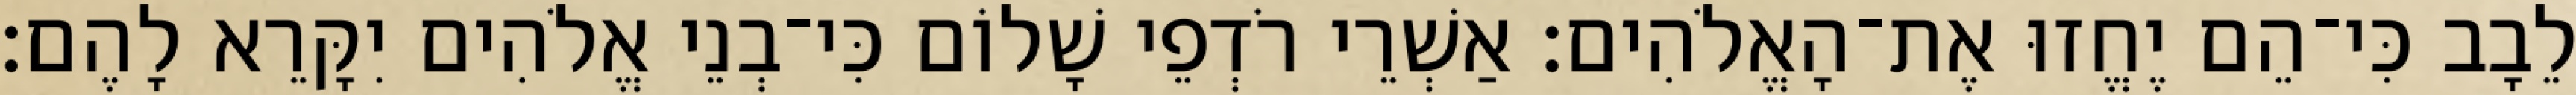
לֵבָב כִּי־הֵם יֶחֱזוּ אֶת־הָאֱלֹהִים׃ אַשְׁרֵי רֹדְפֵי שָׁלוֹם כִּי־בְנֵי אֱלֹהִים יִקָּרֵא לָהֶם׃